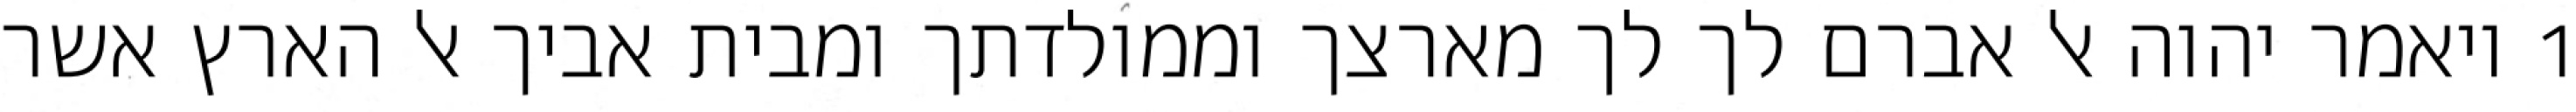
1 ויאמר יהוה אל אברם לך לך מארצך וממולדתך ומבית אביך אל הארץ אשר